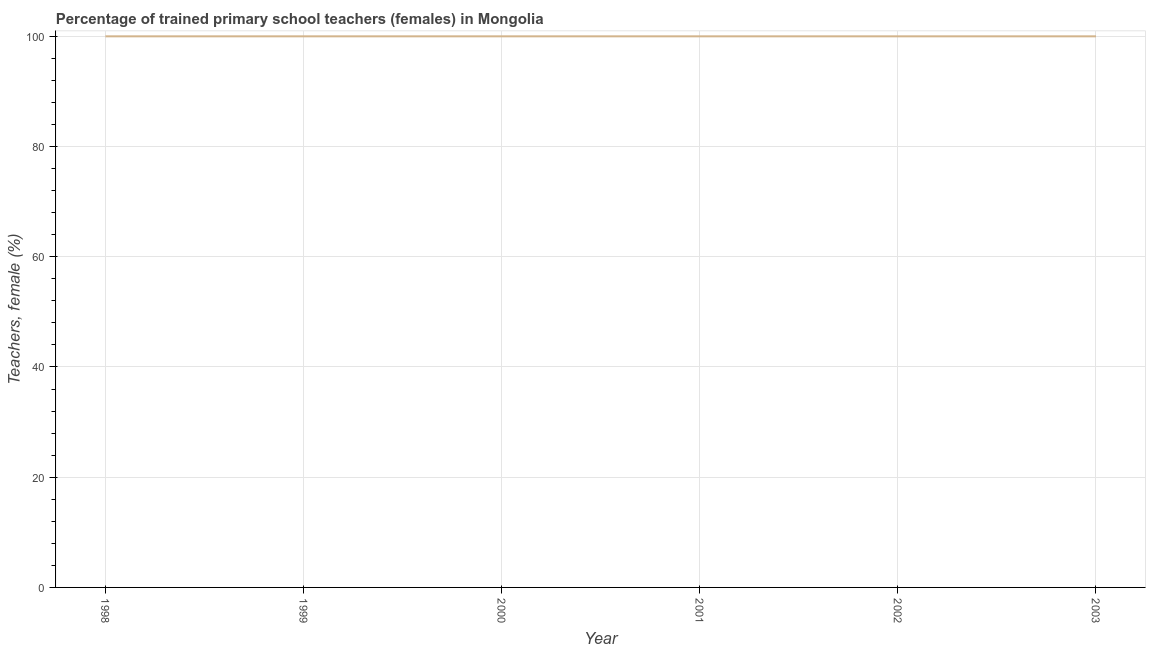
| Year | Trained teachers female |
 | --- | --- |
 | 1998 | 100 |
 | 1999 | 100 |
 | 2000 | 100 |
 | 2001 | 100 |
 | 2002 | 100 |
 | 2003 | 100 |